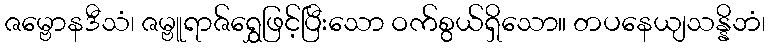
ဇမ္ဗောနဒီသံ၊ ဇမ္ဗူရာဇ်ရွှေဖြင့်ပြီးသော ဝက်စွယ်ရှိသော။ တပနေယျသန္နိဘံ၊